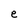
Character: e